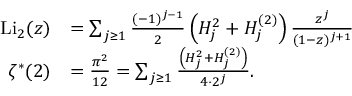
{ \begin{array} { r l } { { \mathrm { L i } } _ { 2 } ( z ) } & { = \sum _ { j \geq 1 } { \frac { ( - 1 ) ^ { j - 1 } } { 2 } } \left( H _ { j } ^ { 2 } + H _ { j } ^ { ( 2 ) } \right) { \frac { z ^ { j } } { ( 1 - z ) ^ { j + 1 } } } } \\ { \zeta ^ { \ast } ( 2 ) } & { = { \frac { \pi ^ { 2 } } { 1 2 } } = \sum _ { j \geq 1 } { \frac { \left( H _ { j } ^ { 2 } + H _ { j } ^ { ( 2 ) } \right) } { 4 \cdot 2 ^ { j } } } . } \end{array} }